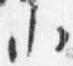
小